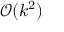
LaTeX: { \mathcal { O } } ( k ^ { 2 } )